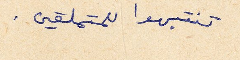
تنتبهوا للمتملقين.